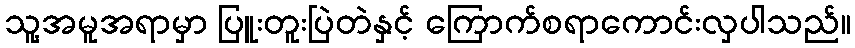
သူ့အမူအရာမှာ ပြူးတူးပြဲတဲနှင့် ကြောက်စရာကောင်းလှပါသည်။